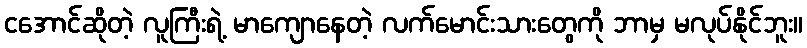
ငအောင်ဆိုတဲ့ လူကြီးရဲ့ မာကျောနေတဲ့ လက်မောင်းသားတွေကို ဘာမှ မလုပ်နိုင်ဘူး။